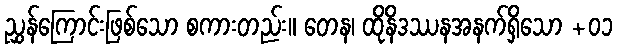
ညွှန်ကြောင်းဖြစ်သော စကားတည်း။ တေန၊ ထိုနိဒဿနအနက်ရှိသော +၀၁